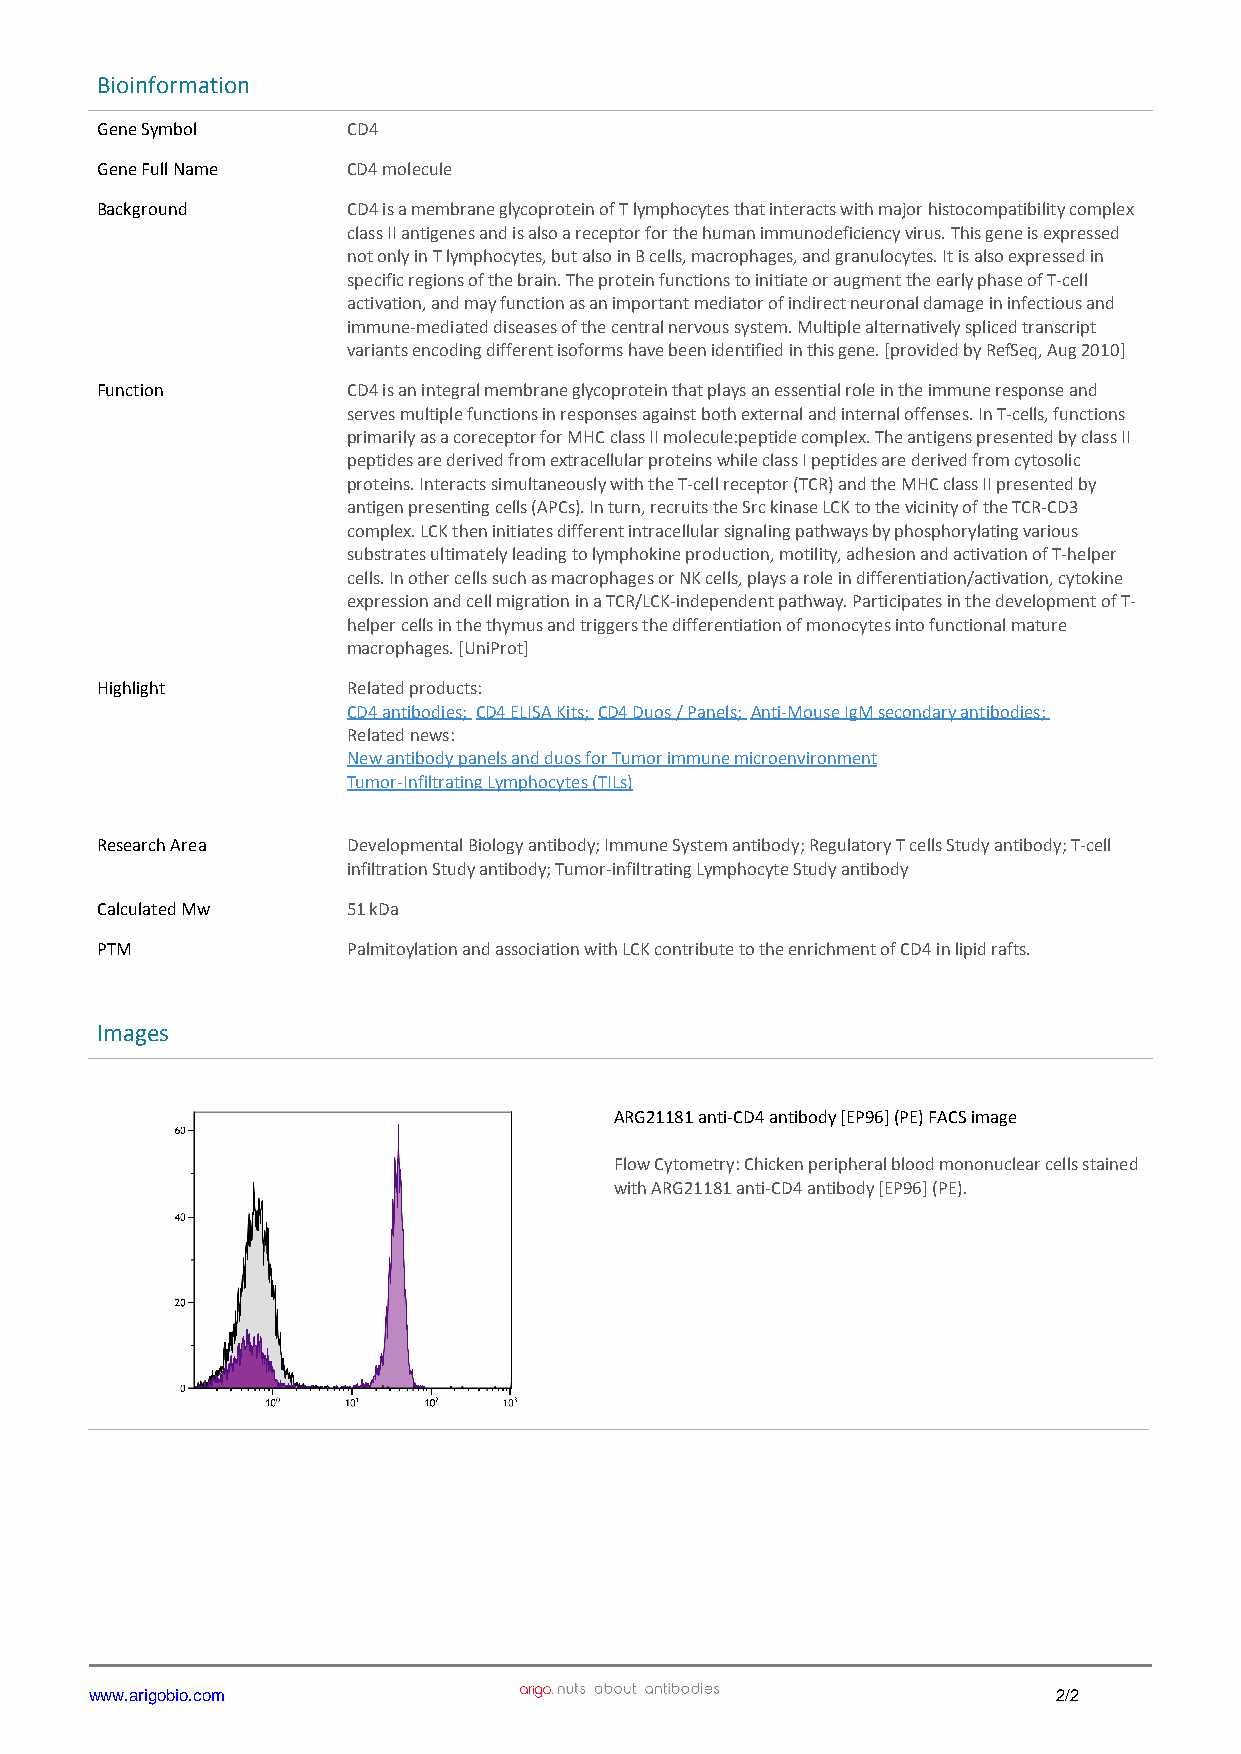
Bioinformation
 Gene Symbol      CD4
 Gene Full Name   CD4 molecule
 Background       CD4 is a membrane glycoprotein of T lymphocytes that interacts with major histocompatibility complex
 class II antigenes and is also a receptor for the human immunodeficiency virus. This gene is expressed
 not only in T lymphocytes, but also in B cells, macrophages, and granulocytes. It is also expressed in
 specific regions of the brain. The protein functions to initiate or augment the early phase of T-cell
 activation, and may function as an important mediator of indirect neuronal damage in infectious and
 immune-mediated diseases of the central nervous system. Multiple alternatively spliced transcript
 variants encoding different isoforms have been identified in this gene. [provided by RefSeq, Aug 2010]
 Function         CD4 is an integral membrane glycoprotein that plays an essential role in the immune response and
 serves multiple functions in responses against both external and internal offenses. In T-cells, functions
 primarily as a coreceptor for MHC class II molecule:peptide complex. The antigens presented by class II
 peptides are derived from extracellular proteins while class I peptides are derived from cytosolic
 proteins. Interacts simultaneously with the T-cell receptor (TCR) and the MHC class II presented by
 antigen presenting cells (APCs). In turn, recruits the Src kinase LCK to the vicinity of the TCR-CD3
 complex. LCK then initiates different intracellular signaling pathways by phosphorylating various
 substrates ultimately leading to lymphokine production, motility, adhesion and activation of T-helper
 cells. In other cells such as macrophages or NK cells, plays a role in differentiation/activation, cytokine
 expression and cell migration in a TCR/LCK-independent pathway. Participates in the development of T-
 helper cells in the thymus and triggers the differentiation of monocytes into functional mature
 macrophages. [UniProt]
 Highlight        Related products:
 CD4 antibodies; CD4 ELISA Kits; CD4 Duos / Panels; Anti-Mouse IgM secondary antibodies;
 Related news:
 New antibody panels and duos for Tumor immune microenvironment
 Tumor-Infiltrating Lymphocytes (TILs)
 Research Area    Developmental Biology antibody; Immune System antibody; Regulatory T cells Study antibody; T-cell
 infiltration Study antibody; Tumor-infiltrating Lymphocyte Study antibody
 Calculated Mw    51 kDa
 PTM              Palmitoylation and association with LCK contribute to the enrichment of CD4 in lipid rafts.
 Images
 ARG21181 anti-CD4 antibody [EP96] (PE) FACS image
 Flow Cytometry: Chicken peripheral blood mononuclear cells stained
 with ARG21181 anti-CD4 antibody [EP96] (PE).
 www.arigobio.com                                                2/2
 Powered by TCPDF (www.tcpdf.org)